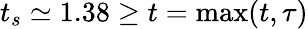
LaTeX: t_{s}\simeq 1.38\geq t=\operatorname*{max}(t,\tau)